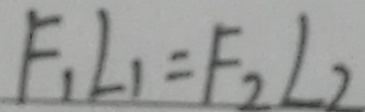
F _ { 1 } L _ { 1 } = F _ { 2 } L _ { 2 }